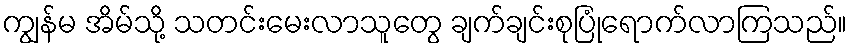
ကျွန်မ အိမ်သို့ သတင်းမေးလာသူတွေ ချက်ချင်းစုပြုံရောက်လာကြသည်။